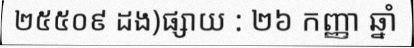
២៥៥០៩ ដង)ផ្សាយ : ២៦ កញ្ញា ឆ្នាំ